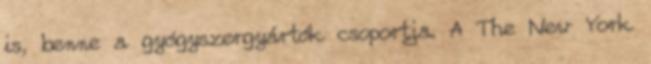
is, benne a gyógyszergyártók csoportja. A The New York